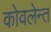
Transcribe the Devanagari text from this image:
कोवलेन्त